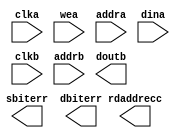
module bram21(
  clka,
  wea,
  addra,
  dina,
  clkb,
  addrb,
  doutb,
  sbiterr,
  dbiterr,
  rdaddrecc
);

input clka;
input [0 : 0] wea;
input [9 : 0] addra;
input [20 : 0] dina;
input clkb;
input [9 : 0] addrb;
output [20 : 0] doutb;
output sbiterr;
output dbiterr;
output [9 : 0] rdaddrecc;

// synthesis translate_off

  BLK_MEM_GEN_V6_3 #(
    .C_ADDRA_WIDTH(10),
    .C_ADDRB_WIDTH(10),
    .C_ALGORITHM(1),
    .C_AXI_ID_WIDTH(4),
    .C_AXI_SLAVE_TYPE(0),
    .C_AXI_TYPE(1),
    .C_BYTE_SIZE(9),
    .C_COMMON_CLK(1),
    .C_DEFAULT_DATA("0"),
    .C_DISABLE_WARN_BHV_COLL(0),
    .C_DISABLE_WARN_BHV_RANGE(0),
    .C_ENABLE_32BIT_ADDRESS(0),
    .C_FAMILY("virtex6"),
    .C_HAS_AXI_ID(0),
    .C_HAS_ENA(0),
    .C_HAS_ENB(0),
    .C_HAS_INJECTERR(0),
    .C_HAS_MEM_OUTPUT_REGS_A(0),
    .C_HAS_MEM_OUTPUT_REGS_B(0),
    .C_HAS_MUX_OUTPUT_REGS_A(0),
    .C_HAS_MUX_OUTPUT_REGS_B(1),
    .C_HAS_REGCEA(0),
    .C_HAS_REGCEB(0),
    .C_HAS_RSTA(0),
    .C_HAS_RSTB(0),
    .C_HAS_SOFTECC_INPUT_REGS_A(1),
    .C_HAS_SOFTECC_OUTPUT_REGS_B(1),
    .C_INIT_FILE_NAME("no_coe_file_loaded"),
    .C_INITA_VAL("0"),
    .C_INITB_VAL("0"),
    .C_INTERFACE_TYPE(0),
    .C_LOAD_INIT_FILE(0),
    .C_MEM_TYPE(1),
    .C_MUX_PIPELINE_STAGES(0),
    .C_PRIM_TYPE(1),
    .C_READ_DEPTH_A(1024),
    .C_READ_DEPTH_B(1024),
    .C_READ_WIDTH_A(21),
    .C_READ_WIDTH_B(21),
    .C_RST_PRIORITY_A("CE"),
    .C_RST_PRIORITY_B("CE"),
    .C_RST_TYPE("SYNC"),
    .C_RSTRAM_A(0),
    .C_RSTRAM_B(0),
    .C_SIM_COLLISION_CHECK("NONE"),
    .C_USE_BYTE_WEA(0),
    .C_USE_BYTE_WEB(0),
    .C_USE_DEFAULT_DATA(0),
    .C_USE_ECC(0),
    .C_USE_SOFTECC(1),
    .C_WEA_WIDTH(1),
    .C_WEB_WIDTH(1),
    .C_WRITE_DEPTH_A(1024),
    .C_WRITE_DEPTH_B(1024),
    .C_WRITE_MODE_A("READ_FIRST"),
    .C_WRITE_MODE_B("READ_FIRST"),
    .C_WRITE_WIDTH_A(21),
    .C_WRITE_WIDTH_B(21),
    .C_XDEVICEFAMILY("virtex6")
  )
  inst (
    .CLKA(clka),
    .WEA(wea),
    .ADDRA(addra),
    .DINA(dina),
    .CLKB(clkb),
    .ADDRB(addrb),
    .DOUTB(doutb),
    .SBITERR(sbiterr),
    .DBITERR(dbiterr),
    .RDADDRECC(rdaddrecc),
    .RSTA(),
    .ENA(),
    .REGCEA(),
    .DOUTA(),
    .RSTB(),
    .ENB(),
    .REGCEB(),
    .WEB(),
    .DINB(),
    .INJECTSBITERR(),
    .INJECTDBITERR(),
    .S_ACLK(),
    .S_ARESETN(),
    .S_AXI_AWID(),
    .S_AXI_AWADDR(),
    .S_AXI_AWLEN(),
    .S_AXI_AWSIZE(),
    .S_AXI_AWBURST(),
    .S_AXI_AWVALID(),
    .S_AXI_AWREADY(),
    .S_AXI_WDATA(),
    .S_AXI_WSTRB(),
    .S_AXI_WLAST(),
    .S_AXI_WVALID(),
    .S_AXI_WREADY(),
    .S_AXI_BID(),
    .S_AXI_BRESP(),
    .S_AXI_BVALID(),
    .S_AXI_BREADY(),
    .S_AXI_ARID(),
    .S_AXI_ARADDR(),
    .S_AXI_ARLEN(),
    .S_AXI_ARSIZE(),
    .S_AXI_ARBURST(),
    .S_AXI_ARVALID(),
    .S_AXI_ARREADY(),
    .S_AXI_RID(),
    .S_AXI_RDATA(),
    .S_AXI_RRESP(),
    .S_AXI_RLAST(),
    .S_AXI_RVALID(),
    .S_AXI_RREADY(),
    .S_AXI_INJECTSBITERR(),
    .S_AXI_INJECTDBITERR(),
    .S_AXI_SBITERR(),
    .S_AXI_DBITERR(),
    .S_AXI_RDADDRECC()
  );

// synthesis translate_on

endmodule